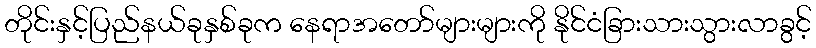
တိုင်းနှင့်ပြည်နယ်ခုနှစ်ခုက နေရာအတော်များများကို နိုင်ငံခြားသားသွားလာခွင့်